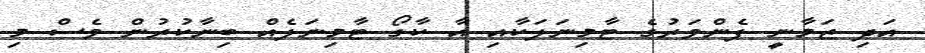
އަދި ޒަމާނީ ފެންވަރުގެ ޓާމިނަލަކާއި އާ ކާގޯ ޓާމިނަލެއް ބިނާކުރުން ވެސް މި